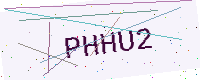
Text: PHHU2